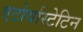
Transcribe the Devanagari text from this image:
एटोर्वास्टेटिन